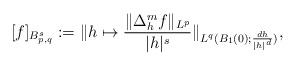
LaTeX: \begin{align*} [f]_{B_{p,q}^s}:=\|h\mapsto \frac{\|\Delta_h^mf\|_{L^p}}{|h|^s}\|_{L^q(B_1(0);\frac{dh}{|h|^d})},\end{align*}